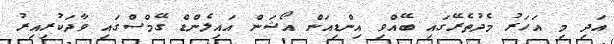
އަދި މި އަހަރު މެދުތެރޭގައި ބޭއްވި އިންޑިއަން އޯޝަން އައިލެންޑް ގޭމްސްގައި ވާދަކުރިއިރު